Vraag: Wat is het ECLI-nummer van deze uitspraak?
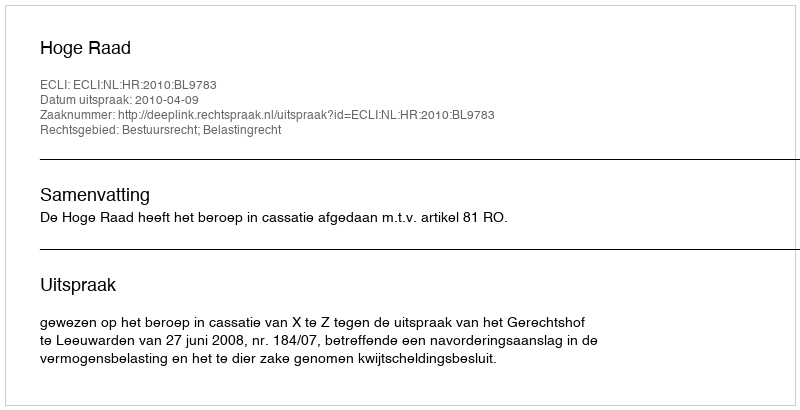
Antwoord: ECLI:NL:HR:2010:BL9783